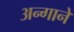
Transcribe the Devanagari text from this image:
अन्गाने